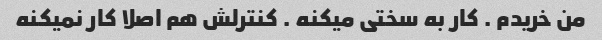
من خریدم . کار به سختی میکنه . کنترلش هم اصلا کار نمیکنه